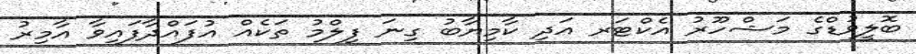
ބޮލީވުޑްގެ މަޝްހޫރު އެކްޓަރ އަދި ކާމިޔާބު ގިނަ ފިލްމު ތަކެއް އުފައްދާފައިވާ އާމިރު